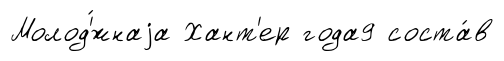
Молод'́жнаjа Хант'ер года9 соста́в